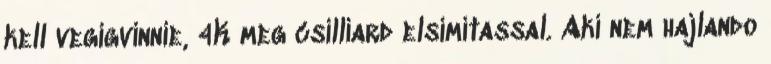
kell vegigvinnie, 4K meg csilliard elsimitassal. Aki nem hajlando